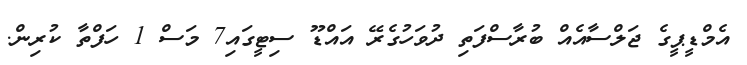
އެމްޑީޕީގެ ޖަލްސާއެއް ބުރާސްފަތި ދުވަހުގެރޭ އައްޑޫ ސިޓީގައި7 މަސް 1 ހަފްތާ ކުރިން.